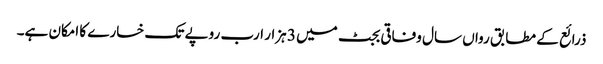
ذرائع کے مطابق رواں سال وفاقی بجٹ میں 3 ہزار ارب روپے تک خسارے کا امکان ہے۔